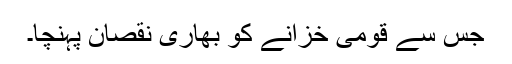
جس سے قومی خزانے کو بھاری نقصان پہنچا۔